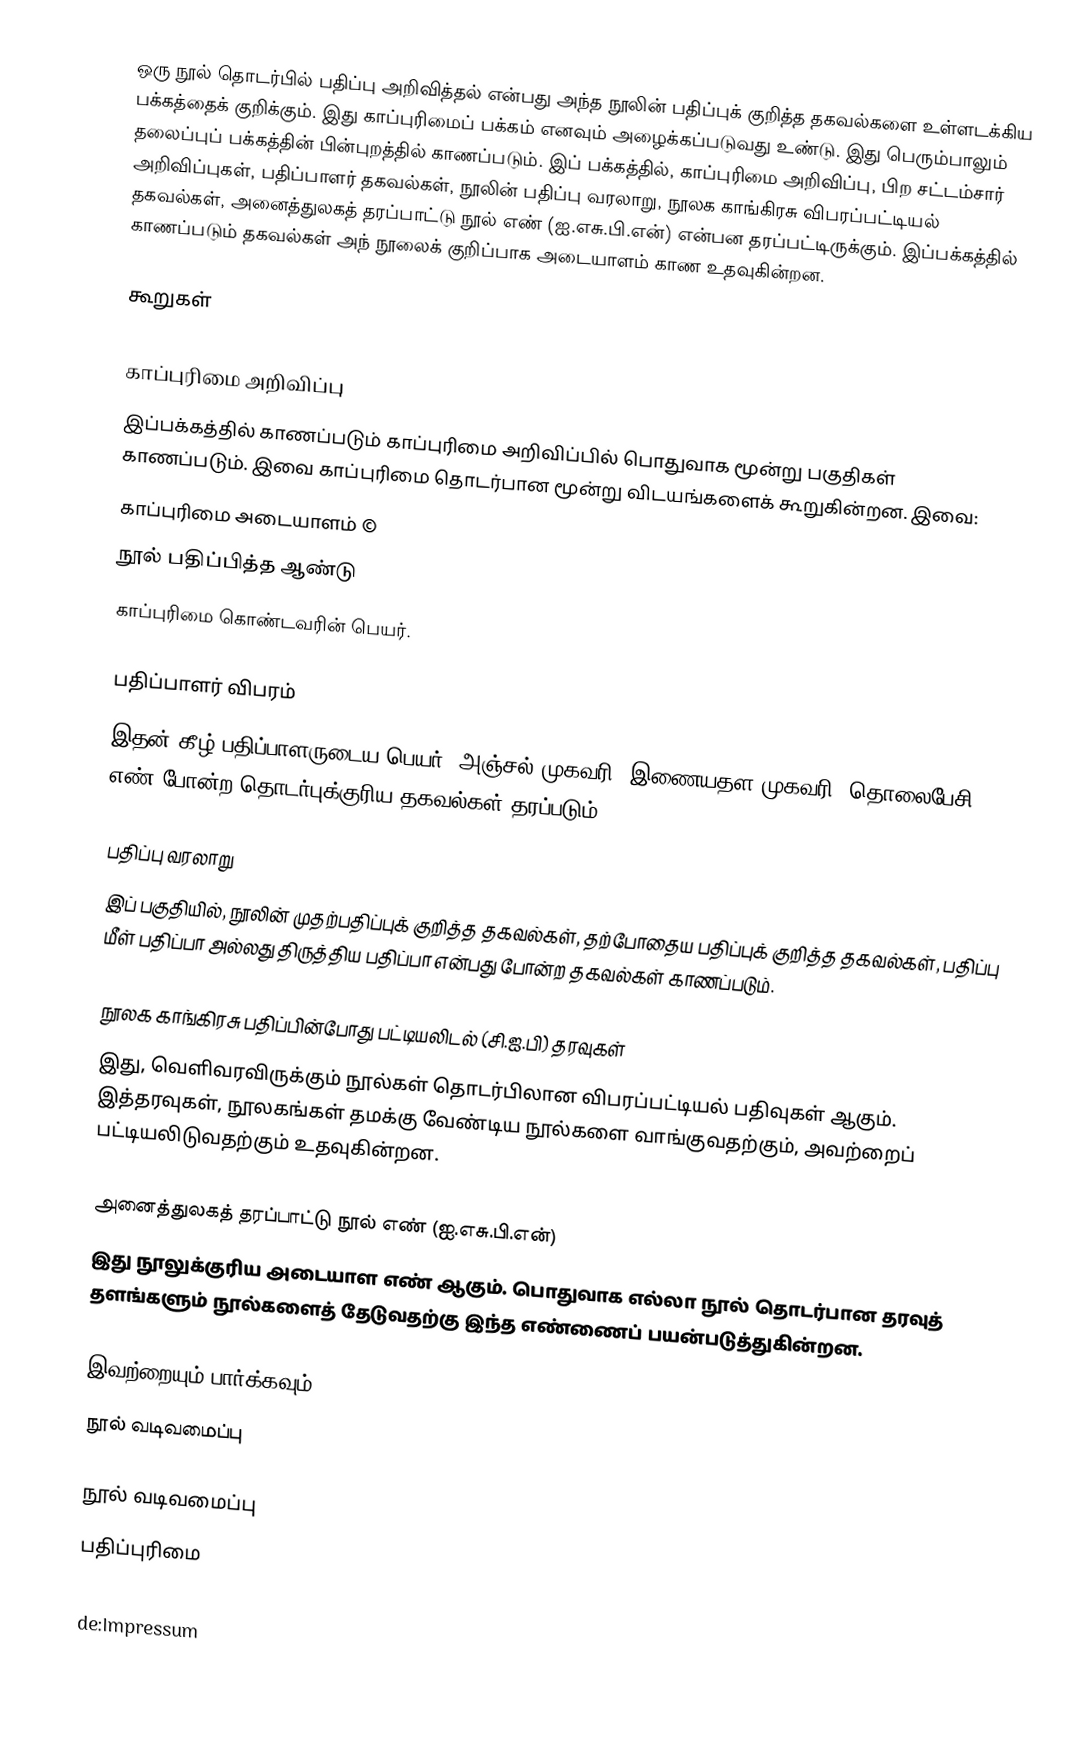
ஒரு நூல் தொடர்பில் பதிப்பு அறிவித்தல் என்பது அந்த நூலின் பதிப்புக் குறித்த தகவல்களை உள்ளடக்கிய பக்கத்தைக் குறிக்கும். இது காப்புரிமைப் பக்கம் எனவும் அழைக்கப்படுவது உண்டு. இது பெரும்பாலும் தலைப்புப் பக்கத்தின் பின்புறத்தில் காணப்படும். இப் பக்கத்தில், காப்புரிமை அறிவிப்பு, பிற சட்டம்சார் அறிவிப்புகள், பதிப்பாளர் தகவல்கள், நூலின் பதிப்பு வரலாறு, நூலக காங்கிரசு விபரப்பட்டியல் தகவல்கள், அனைத்துலகத் தரப்பாட்டு நூல் எண் (ஐ.எசு.பி.என்) என்பன தரப்பட்டிருக்கும். இப்பக்கத்தில் காணப்படும் தகவல்கள் அந் நூலைக் குறிப்பாக அடையாளம் காண உதவுகின்றன.

கூறுகள்

காப்புரிமை அறிவிப்பு
இப்பக்கத்தில் காணப்படும் காப்புரிமை அறிவிப்பில் பொதுவாக மூன்று பகுதிகள் காணப்படும். இவை காப்புரிமை தொடர்பான மூன்று விடயங்களைக் கூறுகின்றன. இவை:
 காப்புரிமை அடையாளம் ©
 நூல் பதிப்பித்த ஆண்டு
 காப்புரிமை கொண்டவரின் பெயர்.

பதிப்பாளர் விபரம்
இதன் கீழ் பதிப்பாளருடைய பெயர், அஞ்சல் முகவரி, இணையதள முகவரி, தொலைபேசி எண் போன்ற தொடர்புக்குரிய தகவல்கள் தரப்படும்.

பதிப்பு வரலாறு
இப் பகுதியில், நூலின் முதற்பதிப்புக் குறித்த தகவல்கள், தற்போதைய பதிப்புக் குறித்த தகவல்கள், பதிப்பு மீள் பதிப்பா அல்லது திருத்திய பதிப்பா என்பது போன்ற தகவல்கள் காணப்படும்.

நூலக காங்கிரசு பதிப்பின்போது பட்டியலிடல் (சி.ஐ.பி) தரவுகள்
இது, வெளிவரவிருக்கும் நூல்கள் தொடர்பிலான விபரப்பட்டியல் பதிவுகள் ஆகும். இத்தரவுகள், நூலகங்கள் தமக்கு வேண்டிய நூல்களை வாங்குவதற்கும், அவற்றைப் பட்டியலிடுவதற்கும் உதவுகின்றன.

அனைத்துலகத் தரப்பாட்டு நூல் எண் (ஐ.எசு.பி.என்)
இது நூலுக்குரிய அடையாள எண் ஆகும். பொதுவாக எல்லா நூல் தொடர்பான தரவுத் தளங்களும் நூல்களைத் தேடுவதற்கு இந்த எண்ணைப் பயன்படுத்துகின்றன.

இவற்றையும் பார்க்கவும்
 நூல் வடிவமைப்பு

நூல் வடிவமைப்பு
பதிப்புரிமை

de:Impressum